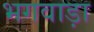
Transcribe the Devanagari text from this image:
भगवाड़ा